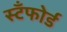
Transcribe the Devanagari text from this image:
स्टँफोर्ड